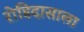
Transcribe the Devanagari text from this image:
रोहिदासाला